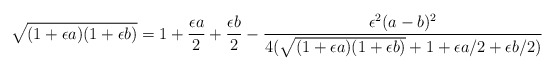
\begin{align*} \sqrt{(1+\epsilon a)(1+\epsilon b)} = 1+\frac{\epsilon a}{2} + \frac{\epsilon b}{2} - \frac{\epsilon^2(a-b)^2}{4(\sqrt{(1+\epsilon a)(1+\epsilon b)} + 1 + \epsilon a/2 + \epsilon b/2)}\end{align*}